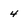
Character: 4